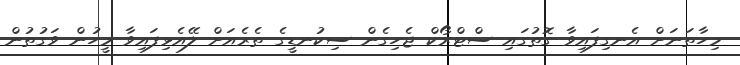
މިހާތަނަށް އެނގިފައިވާ ގޮތުގައި ސްޓްރޯކް ޖެހިގެން ސިކުނޑީގެ ތެރެއަށް ލޭއެޅިފައިވާ މީހުން ވަގުތުން